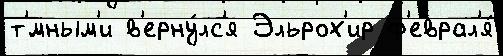
т'́мным'и в'ерну́лс'я Эльрох'ир ф'еврал'я́